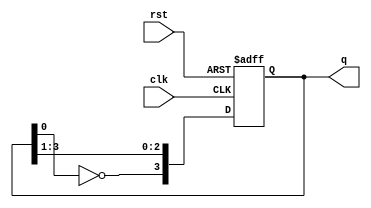
module johnson_counter (
    input wire clk,        // Clock input
    input wire rst,        // Reset input
    output reg [3:0] q     // 4-bit output
);

    // Always block to describe the behavior of the Johnson counter
    always @(posedge clk or posedge rst) begin
        if (rst) begin
            // Reset the counter to 0000
            q <= 4'b0000;
        end else begin
            // Johnson counter logic
            q[3] <= ~q[0];    // Invert the last flip-flop output and feed it back
            q[2] <= q[3];     // Shift right
            q[1] <= q[2];     // Shift right
            q[0] <= q[1];     // Shift right
        end
    end

endmodule